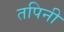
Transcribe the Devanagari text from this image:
तपिनी